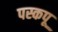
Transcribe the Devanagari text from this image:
पस्कपू